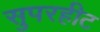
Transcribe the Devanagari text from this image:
सुपरहीट